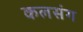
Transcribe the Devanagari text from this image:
कलसंग